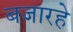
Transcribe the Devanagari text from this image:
बजारहे